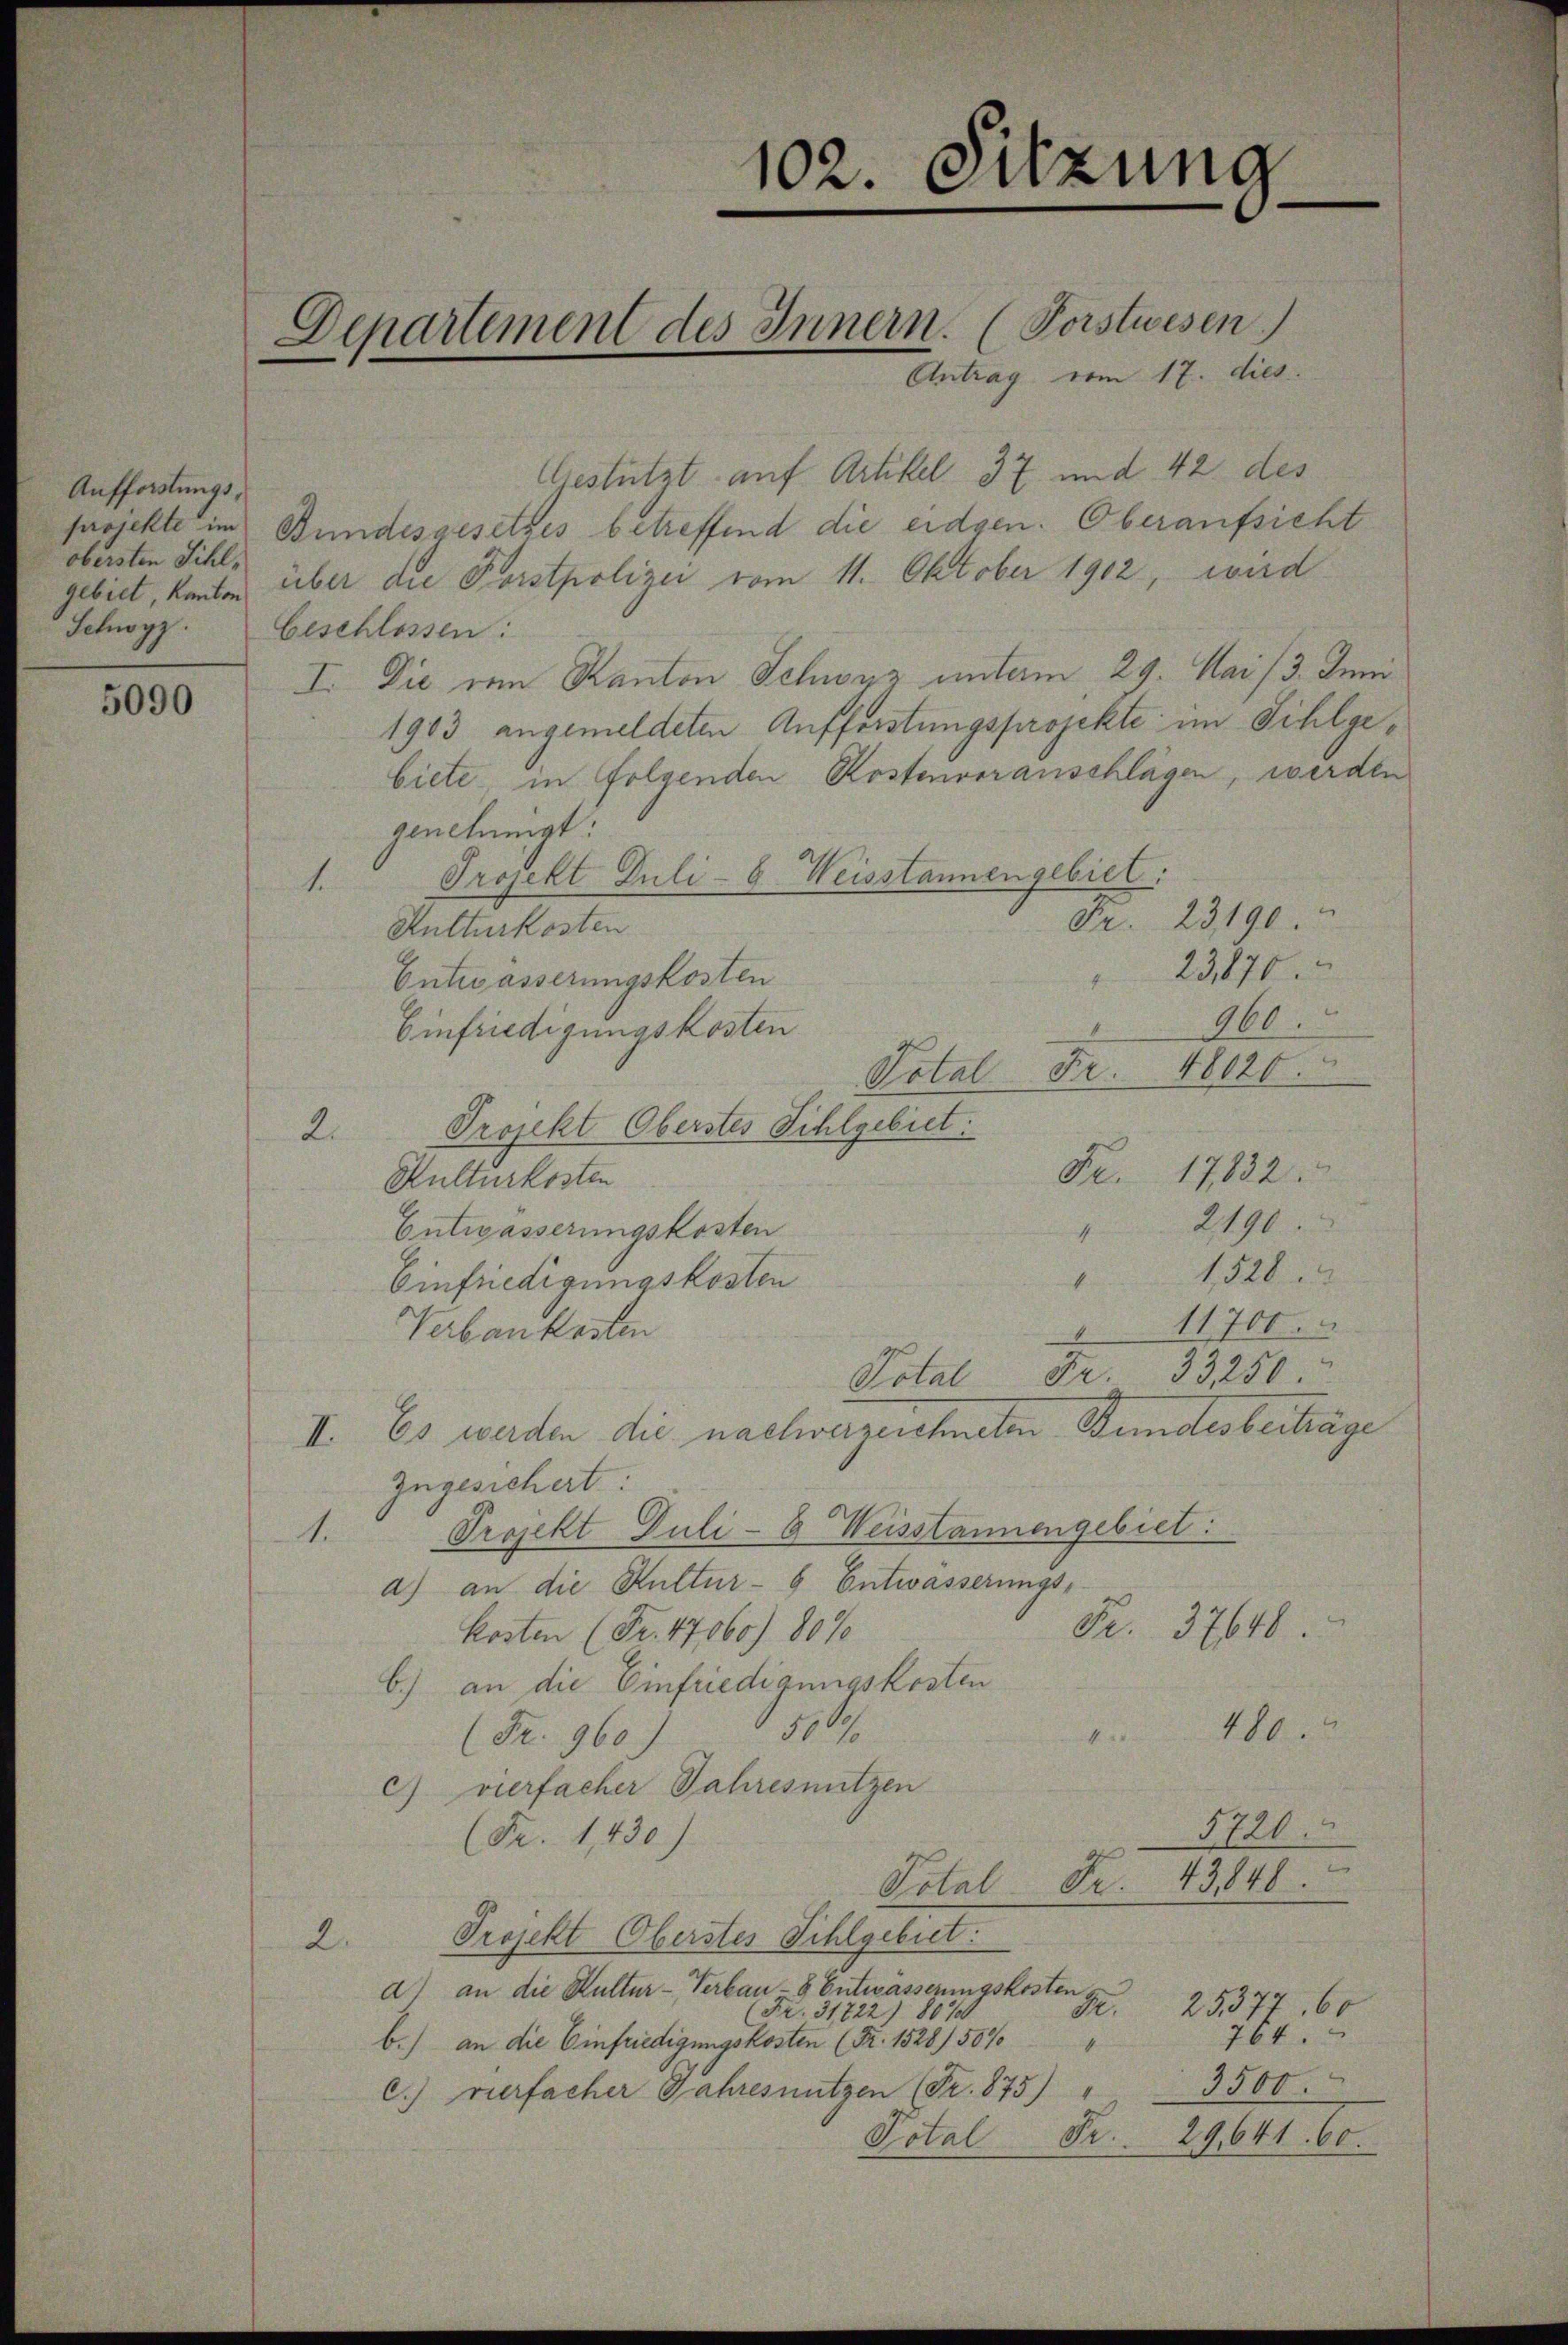
Aufforstungs,
obersten Sihlgebiet, kanton

5090

—

Departement des Innern. (Forstwesen

102. Sitzung

Antrag vom 17. dies
Gestützt auf Artikel 37 und 42 des
projekte im Bundesgesetzes betreffend die eidgen. Oberaufsicht
über die Porstpolizei vom 11. Oktober 1902, wird
Schwyz. Geschlossen:
I. Die den Kanton Schwyz unterm 29. Mai 13. Juni
1903 angemeldeten Aufforstungsprojekte im Sihlgebiete in folgenden Kostenveranschlägen, werden
genehmigt.
Projekt Juli - 6. Weisstannengebiet:
1.
Fr. 23190.
Kulturkosten
23,876.
Entwässerungskosten
i
960.
Einfriedigungskosten
48020.
Potal Fr.
Projekt Oberstes Sihlgebiet.
2.
de.
1732.
Kulturkosten
2190.
Entwässerungskosten
4
1528
4
Einfriedigungskosten
11700.
Verbaukosten
33,250
F
Potal
Es werden die nachwerzeichneten Stundesbeiträge
II.
zugesichert:
Projekt Juli- & Weisstannengebiet:
1.
a) an die Kultur-6 Entwässerungs-
Pr. 37648.
kosten (Fr. 47060) 80%
b.) an die Einfriedigungskosten
480.
1500
N 22.
(Fr. 960.)
c vierfacher Jahresnutzen
5720.
(Fr. 1,430)
Fr. 43848.
Potal
Projekt Oberstes Sihlgebiet:
2.
d) an die Kultur-Verbau-8 Entwässerungskosten
25377, 60
de.
(Fr. 31722) 80%
764.
b.) an die Einfriedigungskosten (Fr. 1528/ 5000
4
3500.
c. vierfacher Jahresnutzen (Fr. 875) "
Total Fr.
29,641. 60.